Leaving Certificate Examination, 1912
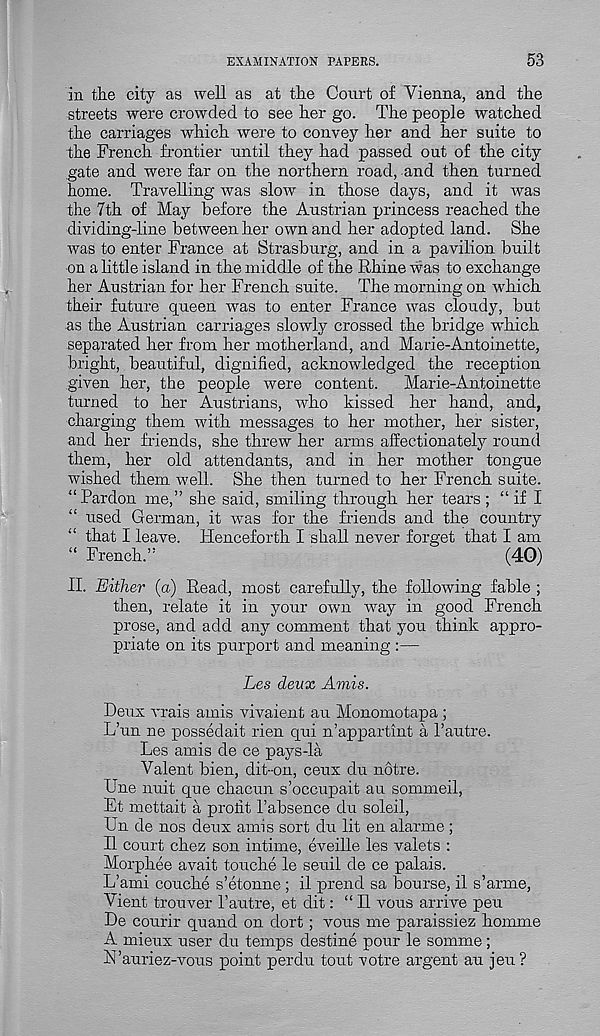
EXAMINATION PAPERS.
53
in the city as well as at the Court of Vienna, and the
streets were crowded to see her go. The people watched
the carriages which were to convey her and her suite to
the French frontier until they had passed out of the city
gate and were far on the northern road, and then turned
home. Travelling was slow in those days, and it was
the 7th of May before the Austrian princess reached the
dividing-line between her own and her adopted land. She
was to enter France at Strasburg, and in a pavilion built
on a little island in the middle of the Rhine was to exchange
her Austrian for her French suite. The morning on which
their future queen was to enter France was cloudy, but
as the Austrian carriages slowly crossed the bridge which
separated her from her motherland, and Marie-Antoinette,
bright, beautiful, dignified, acknowledged the reception
given her, the people were content.
Marie-Antoinette
turned to her Austrians, who kissed her hand, and,
charging them with messages to her mother, her sister,
and her friends, she threw her arms affectionately round
them, her old attendants, and in her mother tongue
wished them well. She then turned to her French suite.
“Pardon me,” she said, smiling through her tears; “ if I
used German, it was for the friends and the country
that I leave. Henceforth I shall never forget that I am
“ French.”
(40)
II. Either (a) Read, most carefully, the following fable ;
then, relate it in your own way in good French
prose, and add any comment that you think appro-
priate on its purport and meaning :—
Les deux Amis.
Deux vrais amis vivaient au Monomotapa ;
L’un ne possedait rien qui n’appartint a Pautre.
Les amis de ce pays-la
Valent bien, dit-on, ceux du notre.
Une nuit que chacun s’occupait au sommeil,
Et mettait a profit Pabsence du soleil,
Un de nos deux amis sort du lit en alarme ;
II court chez son intime, eveille les valets :
Mo.rphee avait touche le seuil de ce palais.
L’ami couche s’etonne ; il prend sa bourse, il s’arme,
Vient trouver 1’autre, et dit: “ Il vous arrive peu
De courir quand on dort ; vous me paraissiez homme
A mieux user du temps destine pour le somme ;
FPauriez-vous point perdu tout votre argent au jeu?